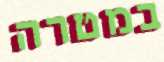
במטרה